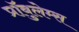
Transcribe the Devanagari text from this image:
प्रॉबुलेम्स